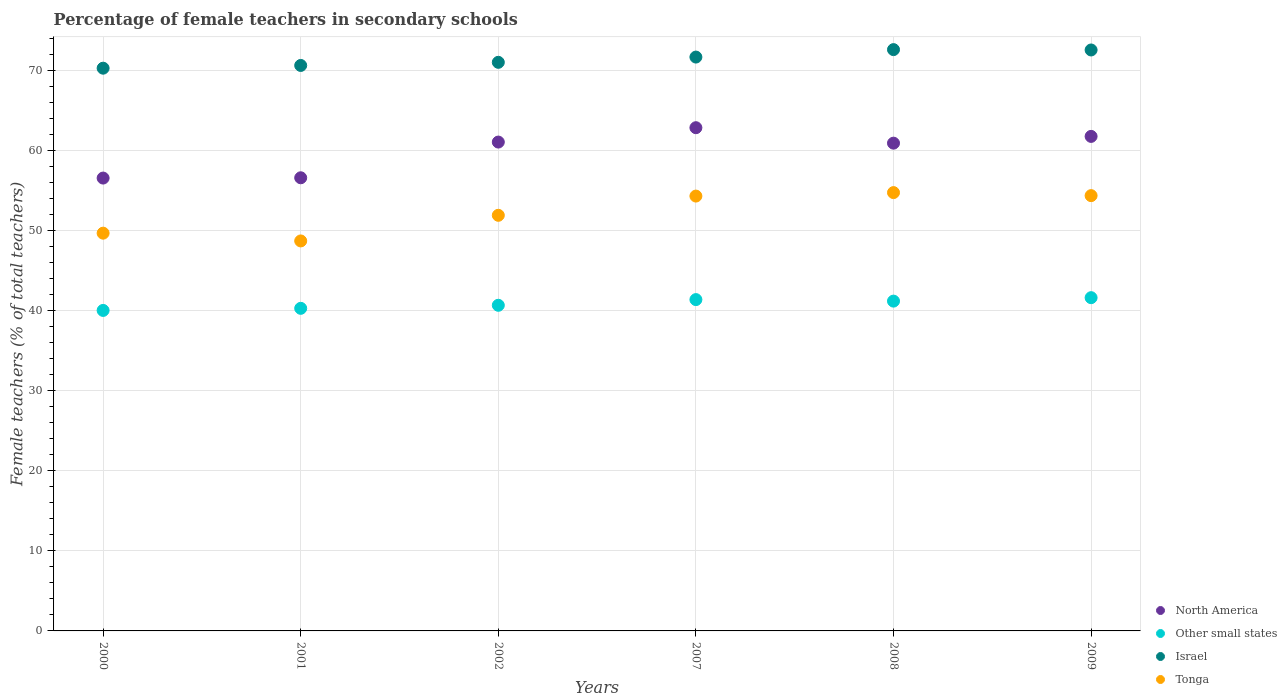
| Years | North America | Other small states | Israel | Tonga |
 | --- | --- | --- | --- | --- |
 | 2000 | 56.5 | 40 | 70.2 | 49.6 |
 | 2001 | 56.6 | 40.3 | 70.6 | 48.7 |
 | 2002 | 61 | 40.6 | 71 | 51.9 |
 | 2007 | 62.8 | 41.4 | 71.6 | 54.3 |
 | 2008 | 60.9 | 41.2 | 72.6 | 54.7 |
 | 2009 | 61.7 | 41.6 | 72.5 | 54.3 |